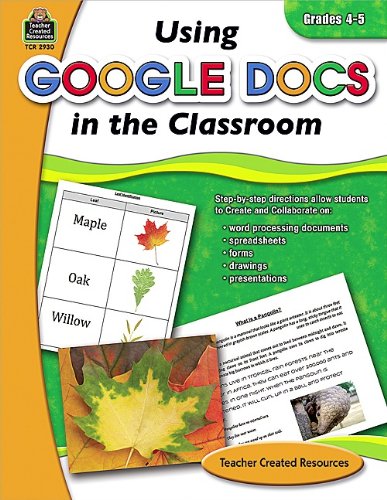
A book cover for Using Google Docs in the Classroom Grd 4-5; Steve Butz; Education & Teaching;